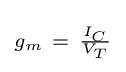
\scriptstyle g_{m}~=~{\frac {I_{C}}{V_{T}}}